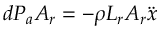
d P _ { a } A _ { r } = - \rho L _ { r } A _ { r } \ddot { x }